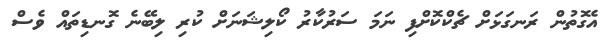
އެގޮތުން ރަނގަޅަށް ޗެކްކޮށްފި ނަމަ ސަރުކާރު ކޯލިޝަނަށް ކުރި ލިބޭނެ ގޮނޑިތައް ވެސް